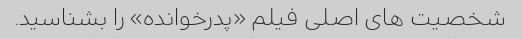
شخصیت های اصلی فیلم «پدرخوانده» را بشناسید.